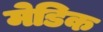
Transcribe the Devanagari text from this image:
मेडिक